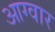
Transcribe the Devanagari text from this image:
आग्वार